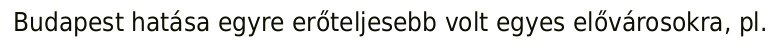
Budapest hatása egyre erőteljesebb volt egyes elővárosokra, pl.